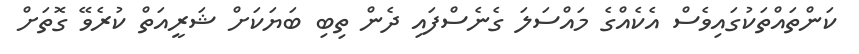
ކަންތައްތަކުގައިވެސް އެކެއްގެ މައްސަލަ ގެނެސްފައި ދެން ތިބި ބަޔަކަށް ޝަރީއަތް ކުރެވޭ ގޮތަށް